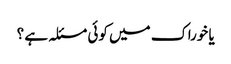
یا خوراک میں کوئی مسئلہ ہے ؟